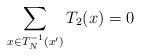
LaTeX: \begin{align*} \sum_{x \in T_{N}^{-1}(x')} T_{2}(x) =0\end{align*}